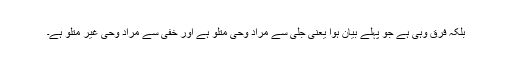
بلکہ فرق وہی ہے جو پہلے بیان ہوا یعنی جلی سے مراد وحی متلُو ہے اور خفی سے مراد وحی غیر متلُو ہے۔